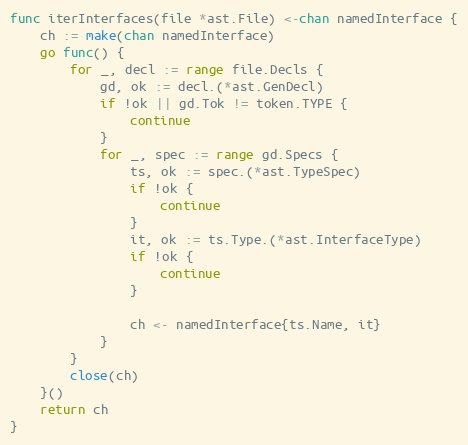
Language: Go
func iterInterfaces(file *ast.File) <-chan namedInterface {
	ch := make(chan namedInterface)
	go func() {
		for _, decl := range file.Decls {
			gd, ok := decl.(*ast.GenDecl)
			if !ok || gd.Tok != token.TYPE {
				continue
			}
			for _, spec := range gd.Specs {
				ts, ok := spec.(*ast.TypeSpec)
				if !ok {
					continue
				}
				it, ok := ts.Type.(*ast.InterfaceType)
				if !ok {
					continue
				}

				ch <- namedInterface{ts.Name, it}
			}
		}
		close(ch)
	}()
	return ch
}